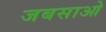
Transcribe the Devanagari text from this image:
जबसाओ